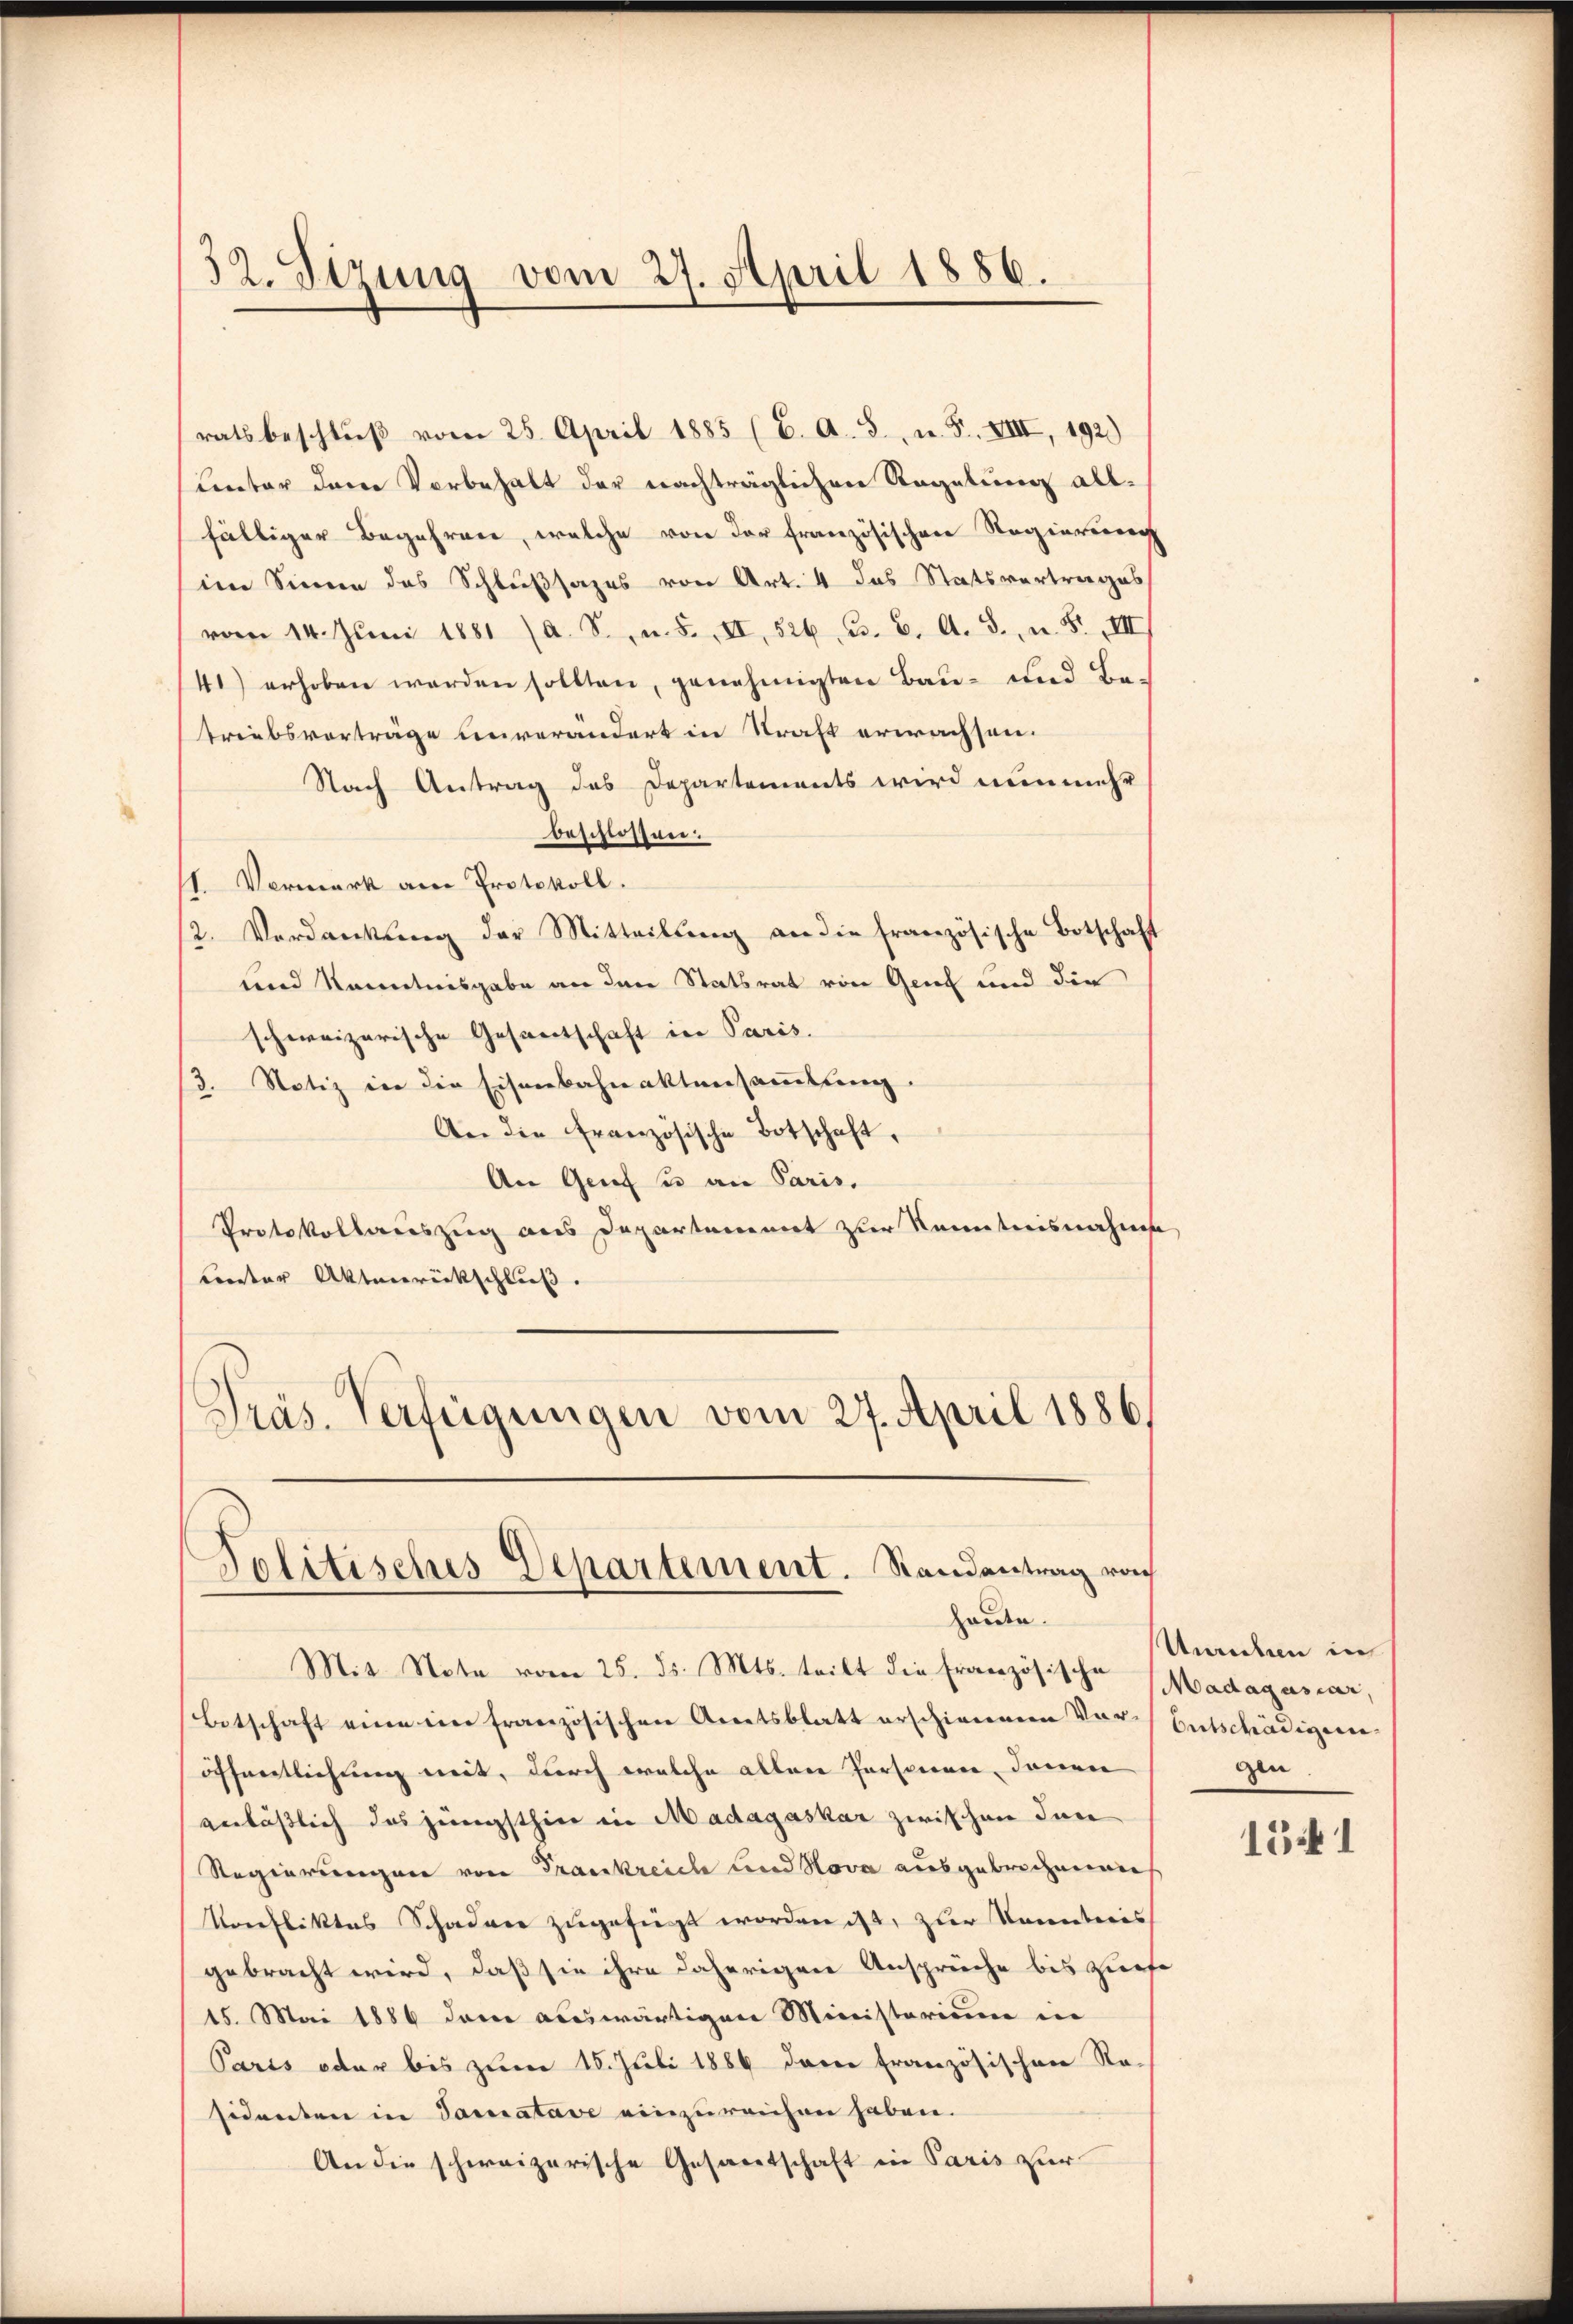
32. Sirung vom 27. April 1886.

ratsbeschlŭβ vom 25. April 1885 (C. A. S. u. F. VIII, 192.)
sunter dem Vorbehalt der nachträglichen Regelung allfälliger Begehren, welche von der französischen Regierung
im Sinne des Schlußsazes von Art. 4 das Statsvertrages
vom 14. Juni 1881 (a. S., n. F. II, 526 u. 6. A. S., n. F. III)
41) erhoben werden sollten, genehmigten Bau- und Betriebsvorträge unverändert in Straft erwachsen.
Nach Antrag des Departements wird nunmehr
beschlossen:
11. Vermark am Protokoll.
2. Verdankung der Mitteilŭng an die französische Botschaft
und Kenntnisgabe an den Statsrat von Genf und die
schweizerische Gesandtschaft in Paris.
/3. Notiz in die Eisenbahnaktensammlung.
An die Französische Botschaft,
An Genf u an Paris.
Protokollauszug aus Departement zur Kenntnisnahme,
uunter Aktenrückschluß.
Präs. Verfügungen vom 27. April 1886
E

Solitisches Departement. Standentrag vo
haute.

Mit Note vom 25. ds. Mts. teilt die Französische Madagascar,
Botschaft eine ein französischen Amtsblatt erschienene Vor Entschädigunöffentlichung mit, durch welche allen Personen, denen
anlässlich das jüngsthin in Madagaskar zwischen dan
Regierungen von Frankreiche und Nova ausgebrechenmes
Konfliktes Schadner zugefügt worden ist, zur Kenntnis
gebracht wird, daß sie ihre daherigen Ansprüche bis ziehe
15. Mai 1886 dann auswärtigen Ministerium in
Paris oder bis zum 15. Juli 1889 dem französischen Re-
sidenten in Samatave einzureichen haben.
An die schweizerische Gesamtschaft in Paris zur

Unrechen in
gen

1541